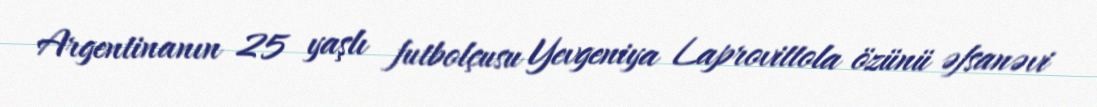
Argentinanın 25 yaşlı futbolçusu Yevgeniya Laprovittola özünü əfsanəvi